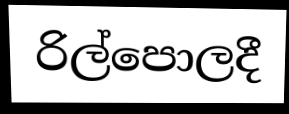
රිල්පොලදී